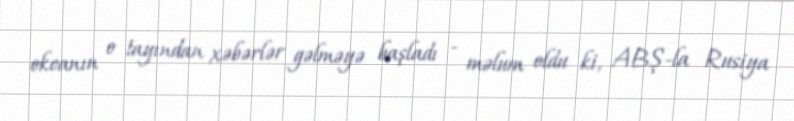
okeanın o tayından xəbərlər gəlməyə başladı - məlum oldu ki, ABŞ-la Rusiya